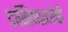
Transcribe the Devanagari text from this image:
दाक्षिणात्यांची